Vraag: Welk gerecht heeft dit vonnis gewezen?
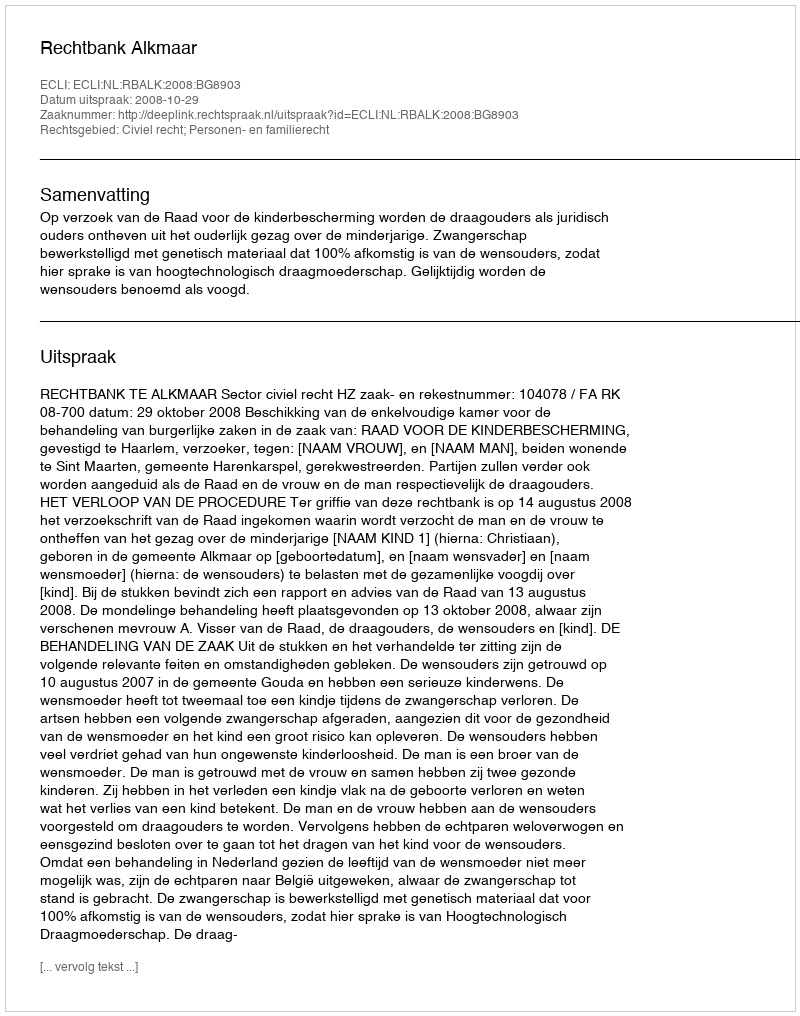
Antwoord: Rechtbank Alkmaar